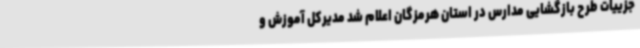
جزییات طرح بازگشایی مدارس در استان هرمزگان اعلام شد مدیرکل آموزش و